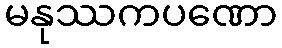
မနုဿကပဏော